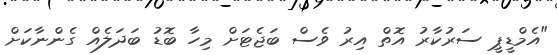
"އެމްޑީޕީ ސަރުކާރު އޮތް އިރު ވެސް ބަޖެޓަށް މިހާ ބޮޑު ބަދަލެއް ގެންނާކަށް